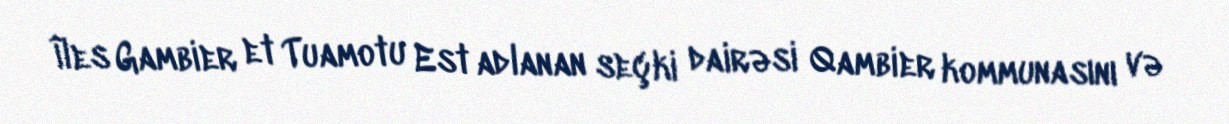
Îles Gambier et Tuamotu Est adlanan seçki dairəsi Qambier kommunasını və